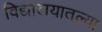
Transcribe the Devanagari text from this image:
विद्यालयातल्या